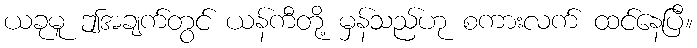
ယခုမူ ဤအချက်တွင် ယန်ကီတို့ မှန်သည်ဟု စကားလက် ထင်နေပြီ။